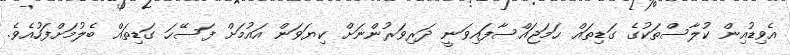
އެވިޑުއިން ކުލާސްތަކުގެ ގަޑިތައް ހަމަޖައްސާފައިވަނީ ދަރިވަރުންނަށް ކިޔަވަން އައުމަށް ފަސޭހަ ގަޑިތައް ބެލުމަށްފަހުއެވެ.